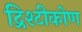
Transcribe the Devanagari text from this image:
द्रिश्टीकोण